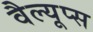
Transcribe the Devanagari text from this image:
वैल्यूप्स